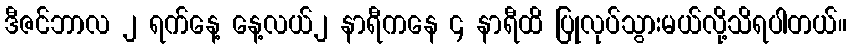
ဒီဇင်ဘာလ ၂ ရက်နေ့ နေ့လယ်၂ နာရီကနေ ၄ နာရီထိ ပြုလုပ်သွားမယ်လို့သိရပါတယ်။